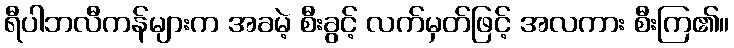
ရီပါဘလီကန်များက အခမဲ့ စီးခွင့် လက်မှတ်ဖြင့် အလကား စီးကြ၏။